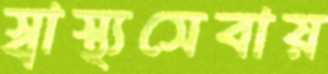
স্বাস্থ্যসেবায়